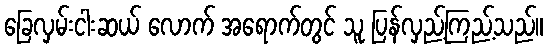
ခြေလှမ်းငါးဆယ် လောက် အရောက်တွင် သူ ပြန်လှည့်ကြည့်သည်။